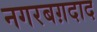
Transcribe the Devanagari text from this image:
नगरबग़दाद